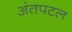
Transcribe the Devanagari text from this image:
अंतपटल